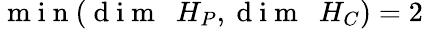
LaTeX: \mathrm{~m~i~n~}(\mathrm{~d~i~m~~~}H_{P},\mathrm{~d~i~m~~~}H_{C})=2